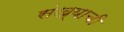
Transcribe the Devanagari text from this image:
संख्याची